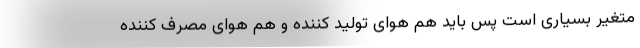
متغیر بسیاری است پس باید هم هوای تولید کننده و هم هوای مصرف کننده